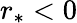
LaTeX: r_{*}<0